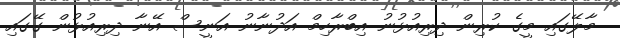
މާލޭގައި މީގެ ކުރިން ދިރިއުޅުނު އިބްރާހިމް އަދުނާނު އަނީސް އޭނާ ދިރިއުޅުން ގޭގައި